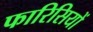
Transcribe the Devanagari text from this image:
फारिसियों